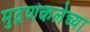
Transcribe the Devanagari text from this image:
मुद्रणकलेच्या